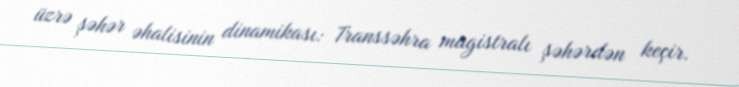
üzrə şəhər əhalisinin dinamikası: Transsəhra magistralı şəhərdən keçir.